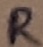
Text: R